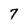
Character: 7